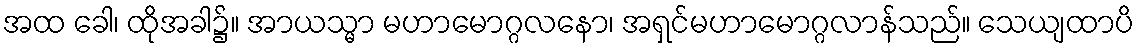
အထ ခေါ၊ ထိုအခါ၌။ အာယသ္မာ မဟာမောဂ္ဂလနော၊ အရှင်မဟာမောဂ္ဂလာန်သည်။ သေယျထာပိ